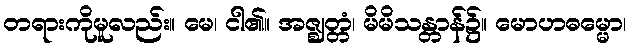
တရားကိုမူလည်း။ မေ၊ ငါ၏။ အဇ္ဈတ္တံ၊ မိမိသန္တာန်၌။ မောဟဓမ္မော၊